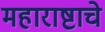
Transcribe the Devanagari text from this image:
महाराष्टाचे